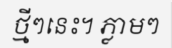
ថ្មីៗនេះ។ ភ្លាមៗ